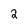
Character: 2